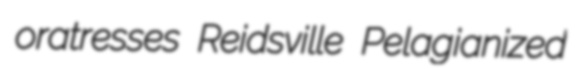
oratresses Reidsville Pelagianized